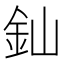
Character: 𨥉